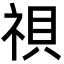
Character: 𬒹